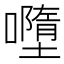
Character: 𡃏